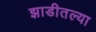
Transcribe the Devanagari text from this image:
झाडीतल्या